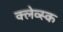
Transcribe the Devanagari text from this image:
क्लेव्स्क